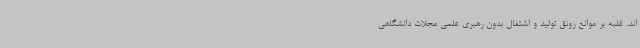
اند. غلبه بر موانع رونق تولید و اشتغال بدون رهبری علمی مجلات دانشگاهی